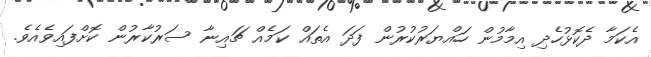
އެކަމާ ދެކޮޅުހެދި އިމާމުން ހައްޔަރުކުރުން ފަދަ އެތައް ކަމެއް ޗައިނާ ސަރުކާރުން ކޮށްފައިވެއެވެ.